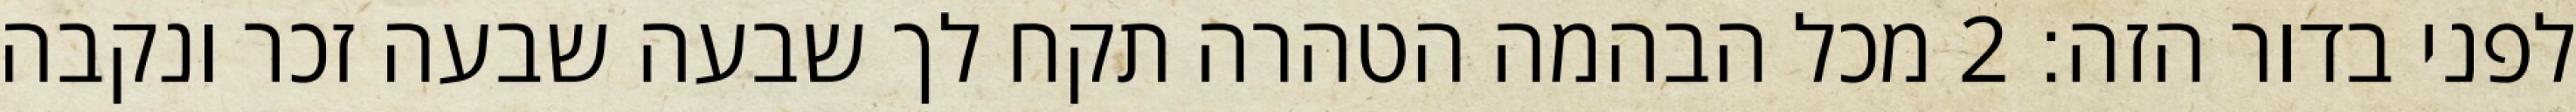
לפני בדור הזה׃ ‎2‏ מכל הבהמה הטהרה תקח לך שבעה שבעה זכר ונקבה